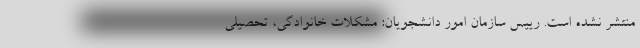
منتشر نشده است. رییس سازمان امور دانشجویان: مشکلات خانوادگی، تحصیلی